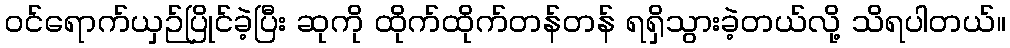
ဝင်ရောက်ယှဉ်ပြိုင်ခဲ့ပြီး ဆုကို ထိုက်ထိုက်တန်တန် ရရှိသွားခဲ့တယ်လို့ သိရပါတယ်။